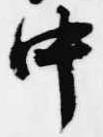
中